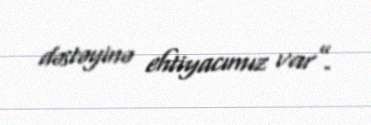
dəstəyinə ehtiyacımız var”.